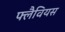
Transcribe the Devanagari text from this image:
फ्लैवियस